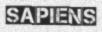
SAPIENS